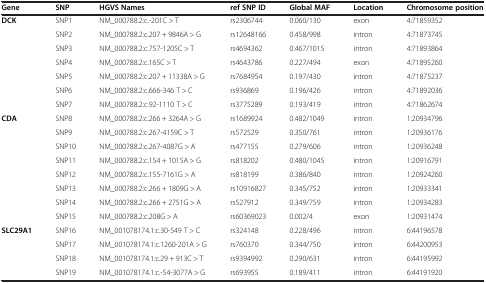
<table><thead><tr><td><b>Gene</b></td><td><b>SNP</b></td><td><b>HGVS Names</b></td><td><b>ref SNP ID</b></td><td><b>Global MAF</b></td><td><b>Location</b></td><td><b>Chromosome position</b></td></tr></thead><tbody><tr><td><b>DCK</b></td><td>SNP1</td><td>NM_000788.2:c.-201C &gt; T</td><td>rs2306744</td><td>0.060/130</td><td>exon</td><td>4:71859352</td></tr><tr><td></td><td>SNP2</td><td>NM_000788.2:c.207 + 9846A &gt; G</td><td>rs12648166</td><td>0.458/998</td><td>intron</td><td>4:71873745</td></tr><tr><td></td><td>SNP3</td><td>NM_000788.2:c.757-1205C &gt; T</td><td>rs4694362</td><td>0.467/1015</td><td>intron</td><td>4:71893864</td></tr><tr><td></td><td>SNP4</td><td>NM_000788.2:c.165C &gt; T</td><td>rs4643786</td><td>0.227/494</td><td>exon</td><td>4:71895260</td></tr><tr><td></td><td>SNP5</td><td>NM_000788.2:c.207 + 11338A &gt; G</td><td>rs7684954</td><td>0.197/430</td><td>intron</td><td>4:71875237</td></tr><tr><td></td><td>SNP6</td><td>NM_000788.2:c.666-346 T &gt; C</td><td>rs936869</td><td>0.196/426</td><td>intron</td><td>4:71892036</td></tr><tr><td></td><td>SNP7</td><td>NM_000788.2:c.92-1110 T &gt; C</td><td>rs3775289</td><td>0.193/419</td><td>intron</td><td>4:71862674</td></tr><tr><td><b>CDA</b></td><td>SNP8</td><td>NM_000788.2:c.266 + 3264A &gt; G</td><td>rs1689924</td><td>0.482/1049</td><td>intron</td><td>1:20934796</td></tr><tr><td></td><td>SNP9</td><td>NM_000788.2:c.267-4159C &gt; T</td><td>rs572529</td><td>0.350/761</td><td>intron</td><td>1:20936176</td></tr><tr><td></td><td>SNP10</td><td>NM_000788.2:c.267-4087G &gt; A</td><td>rs477155</td><td>0.279/606</td><td>intron</td><td>1:20936248</td></tr><tr><td></td><td>SNP11</td><td>NM_000788.2:c.154 + 1015A &gt; G</td><td>rs818202</td><td>0.480/1045</td><td>intron</td><td>1:20916791</td></tr><tr><td></td><td>SNP12</td><td>NM_000788.2:c.155-7161G &gt; A</td><td>rs818199</td><td>0.386/840</td><td>intron</td><td>1:20924260</td></tr><tr><td></td><td>SNP13</td><td>NM_000788.2:c.266 + 1809G &gt; A</td><td>rs10916827</td><td>0.345/752</td><td>intron</td><td>1:20933341</td></tr><tr><td></td><td>SNP14</td><td>NM_000788.2:c.266 + 2751G &gt; A</td><td>rs527912</td><td>0.349/759</td><td>intron</td><td>1:20934283</td></tr><tr><td></td><td>SNP15</td><td>NM_000788.2:c.208G &gt; A</td><td>rs60369023</td><td>0.002/4</td><td>exon</td><td>1:20931474</td></tr><tr><td><b>SLC29A1</b></td><td>SNP16</td><td>NM_001078174.1:c.30-549 T &gt; C</td><td>rs324148</td><td>0.228/496</td><td>intron</td><td>6:44196578</td></tr><tr><td></td><td>SNP17</td><td>NM_001078174.1:c.1260-201A &gt; G</td><td>rs760370</td><td>0.344/750</td><td>intron</td><td>6:44200953</td></tr><tr><td></td><td>SNP18</td><td>NM_001078174.1:c.29 + 913C &gt; T</td><td>rs9394992</td><td>0.290/631</td><td>intron</td><td>6:44195992</td></tr><tr><td></td><td>SNP19</td><td>NM_001078174.1:c.-54-3077A &gt; G</td><td>rs693955</td><td>0.189/411</td><td>intron</td><td>6:44191920</td></tr></tbody></table>